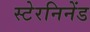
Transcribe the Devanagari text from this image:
स्टेरनिनेंड